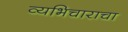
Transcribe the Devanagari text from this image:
व्यभिचाराचा